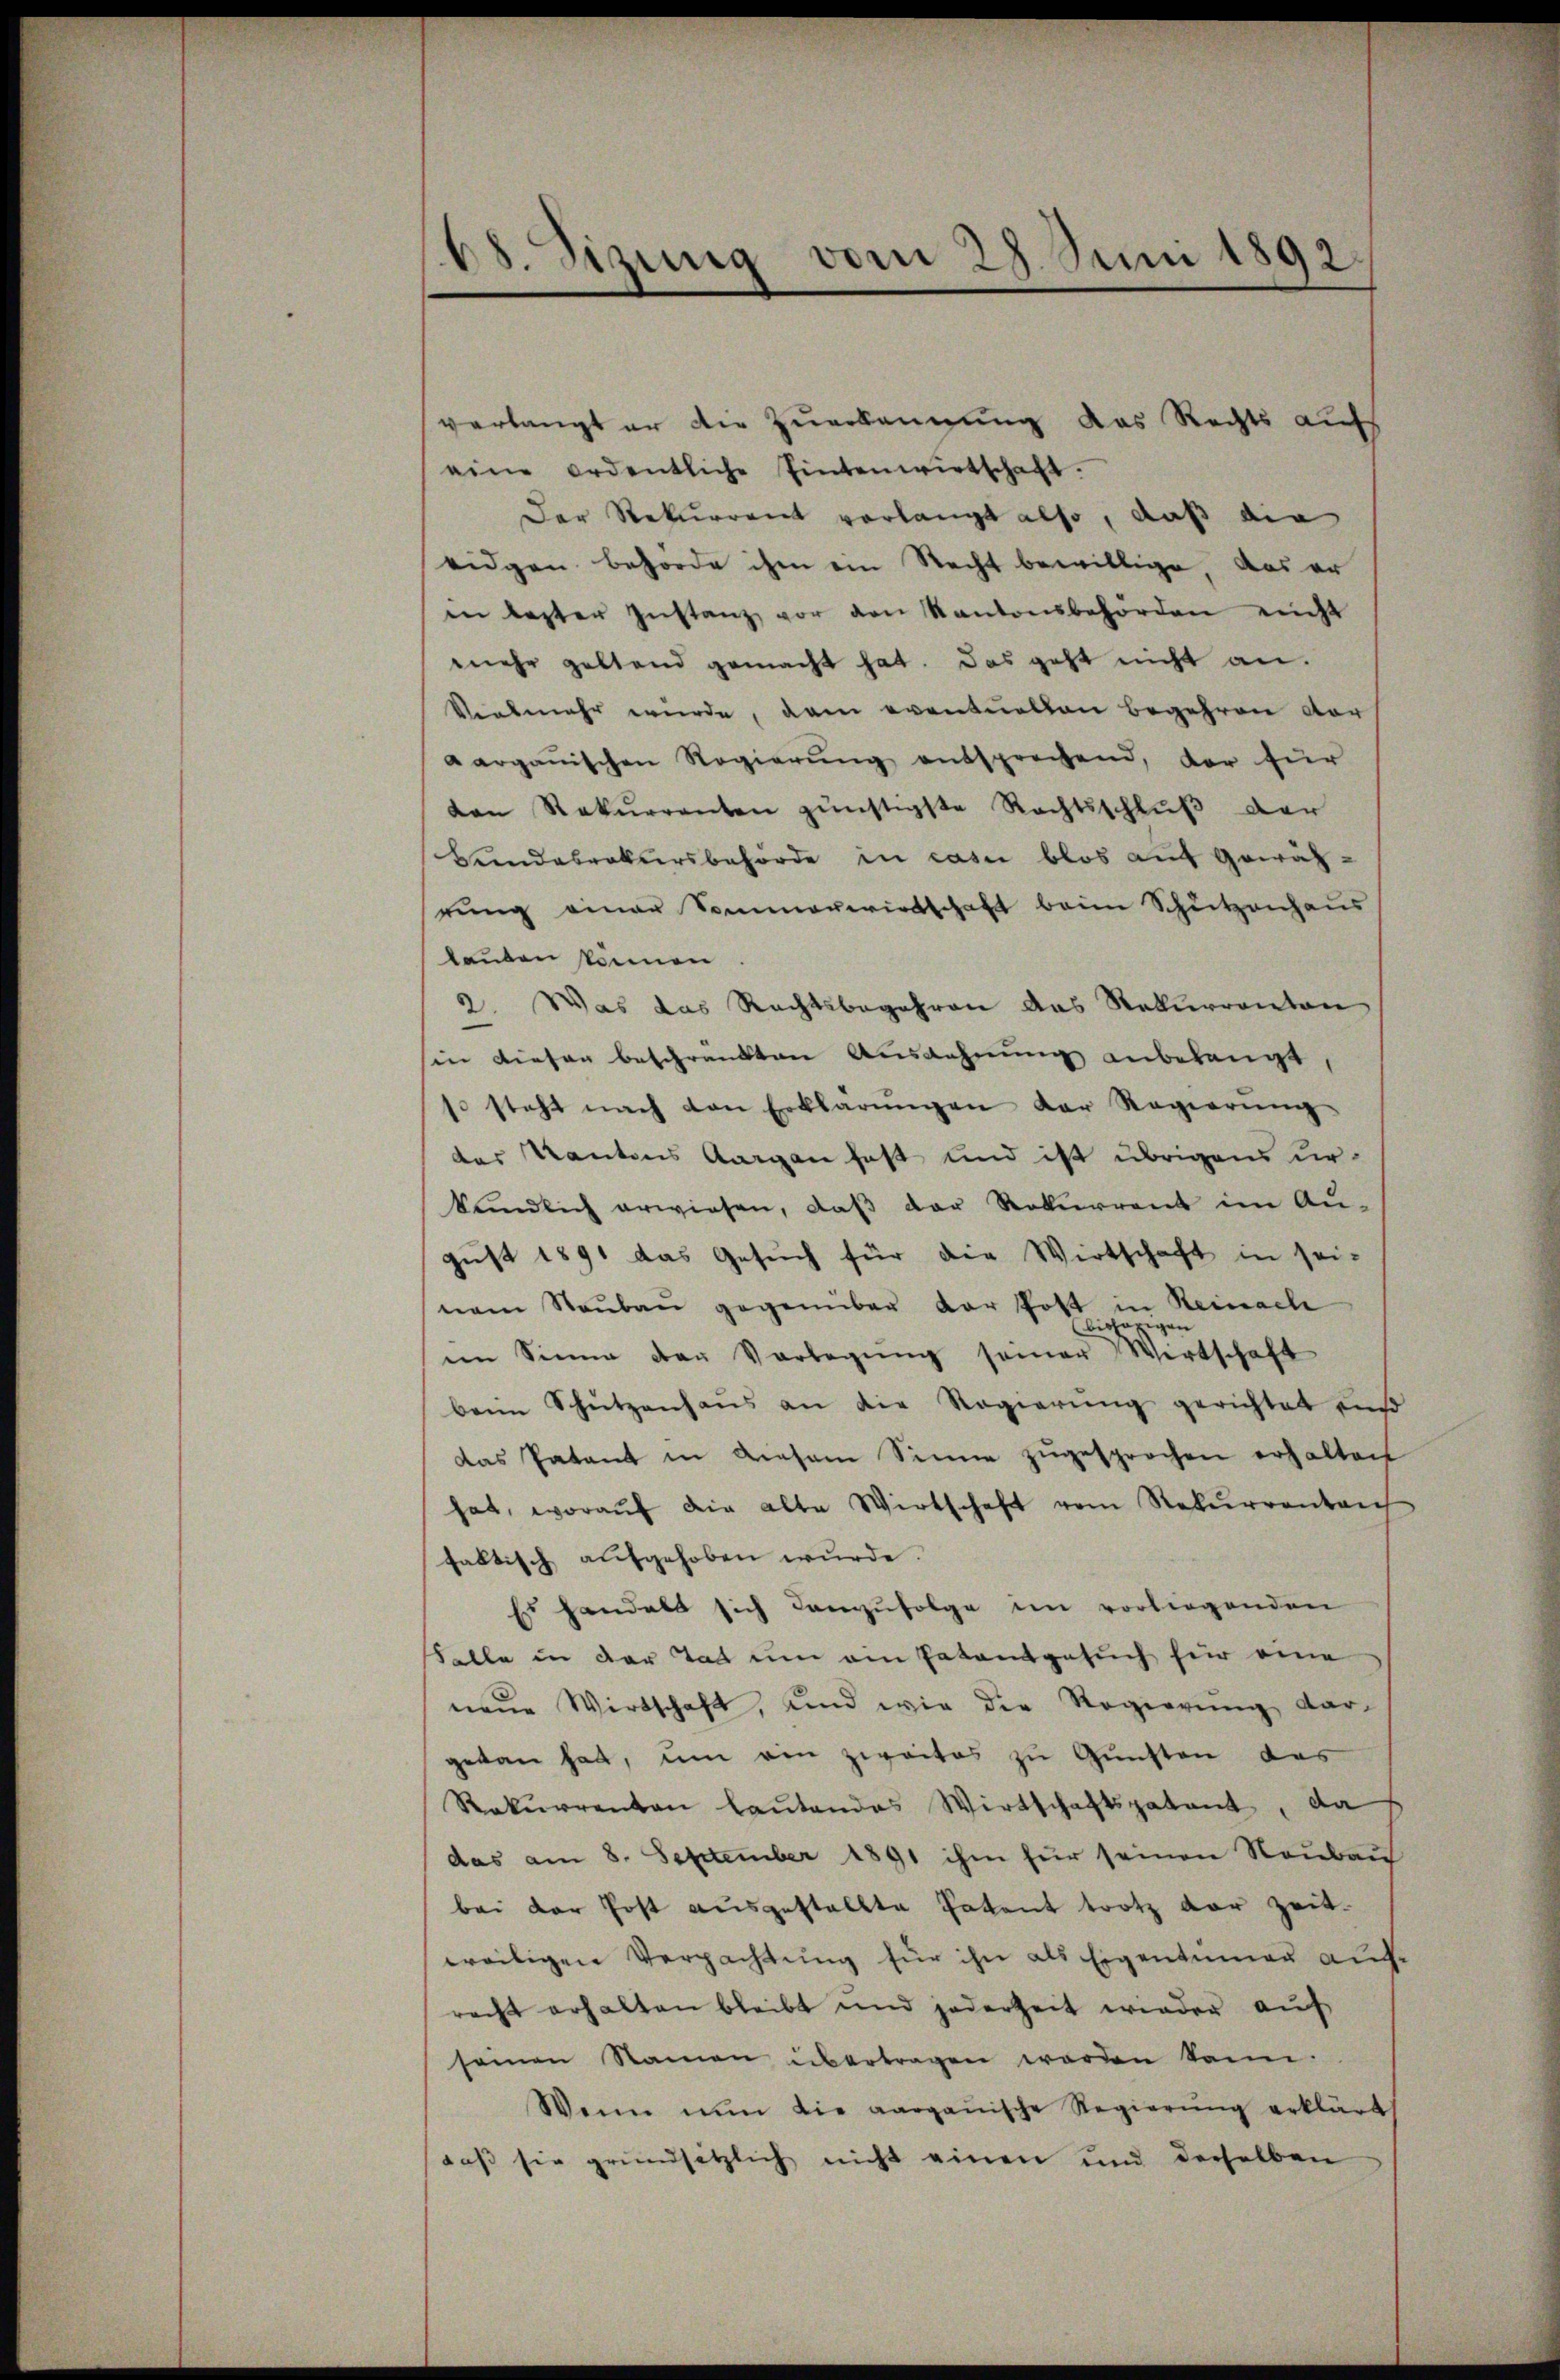
68. Sizung vom 28. Juni 1892.

verlangt er die Zuerkennung das Rechts aufs
eine ordentliche Eintenwirtschaft.
Der Rekurrent verlangt also, daß die
eidgen Behörde ihm ein Recht bewillige aus er
in lezter Instanz vor den Kantonsbehörden nicht
mehr geltend gemacht hat. Das geht nicht an.
Vielmehr wurde, dem eventuellen begehren dar
aarganischen Regierŭng entsprechend, der für
den Rekurrenten günstigste Rechtsschluß der
Bandebrekursbehörde in casu blos auf Gewährŭng einer Sommerwirtschaft beim Schutzenhaus
lauben kämen
2. Was das Rechtsbegehren das Rekurrenton
in dieser beschränkten Ausdehnung anbelangt,
so steht nach den Erklärŭngen der Regierŭng
des Kantons Aargau fast und ist übrigens urkundlich erwiesen, daβ der Rekurrent im Aŭ-
gust 1891 das Gesŭch für die Wirtschaft in sei-
nem Raŭbaŭ gegenüber der Post in Reinach
bisherigen
im Sinne den Vorlegŭng seiner Wirtschaft
beim Schützenhaŭs an die Regierŭng gerichtet uns
das Patant in diesem Sinne zŭgesprochen erhalten
hat, woraŭf die alte Wirtschaft vom Rekurrentrich
faktisch aŭfgehoben wŭrde.
Es handels sich demzufolge im vorliegenden
Falle in der Tag um ein Patentgesuch für eine
neue Wirtschaft, und wie die Regierung dar-
getan hat, um ein zweites zu Gunsten das
Rekŭrrenten laŭtendes Wirtschaftspatent, da
das am 8. September 1891 ihm für seinen Neubau
bei der Post ausgestellte Patent trotz der Zeit.
weiligen Verpachtŭng für ihn als Eigentümer aufracht erhalten bleibt und jederheit wieder auf
seinen Namen übertragen worden kann.
Wenn nŭn die aargauische Regierŭng erklärt
daß sie grundsätzlich nicht einen und derselben